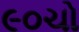
૯૦ચો